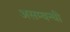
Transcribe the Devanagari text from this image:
असम्बन्धी